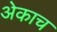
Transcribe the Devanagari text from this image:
अेकाच